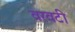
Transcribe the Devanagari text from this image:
वरवटी